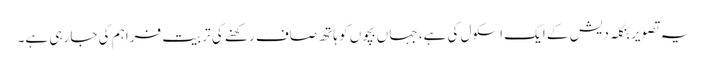
یہ تصویر بنگلہ دیش کے ایک اسکول کی ہے، جہاں بچوں کو ہاتھ صاف رکھنے کی تربیت فراہم کی جا رہی ہے۔